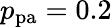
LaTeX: p_{\mathrm{pa}}=0.2